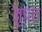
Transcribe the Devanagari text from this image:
जुप्त